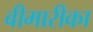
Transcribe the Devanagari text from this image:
बीमारीका